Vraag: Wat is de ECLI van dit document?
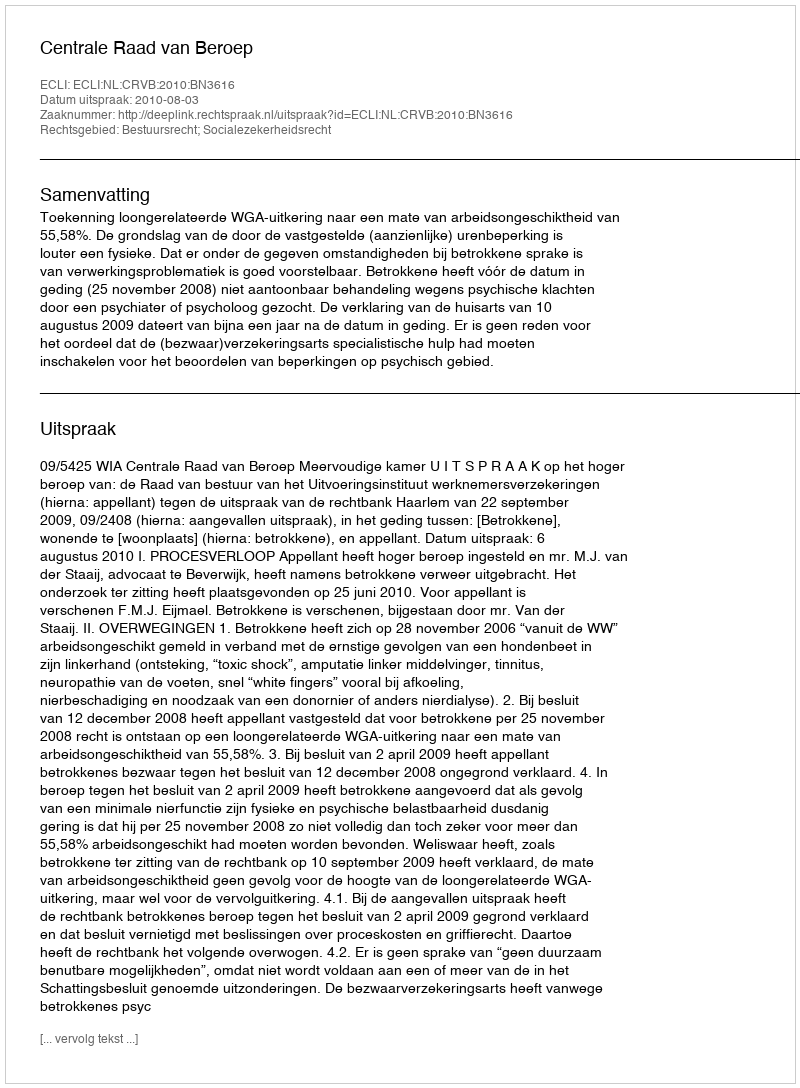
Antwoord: ECLI:NL:CRVB:2010:BN3616